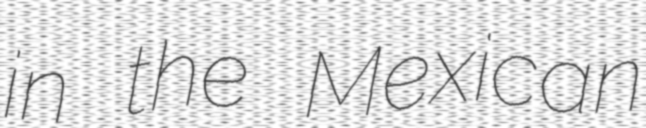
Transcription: in the Mexican